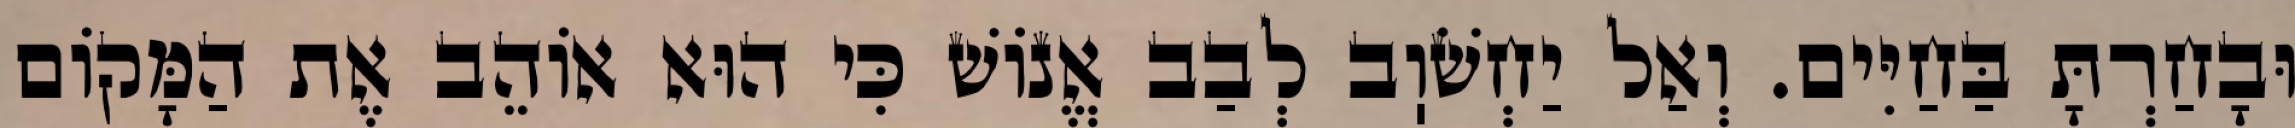
וּבָחַרְתָּ בַּחַיִּים. וְאַל יַחְשֹׁוֽב לְבַב אֱנוֹשׁ כִּי הוּא אוֹהֵב אֶת הַמָּקוֹם